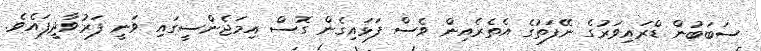
ސަބަބުން ޑްރައިވަރުގެ ނޭފަތުގެ އެތެރެއިން ވެސް ފަޅައިގެން ގޮސް އިމަޖެންސީގައި ވަނީ ފަރުވާދީފައެވެ.